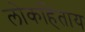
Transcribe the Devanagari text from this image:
लोकहिताय